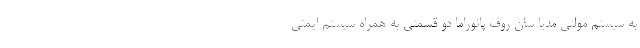
به سیستم مولتی مدیا سان روف پانوراما دو قسمتی به همراه سیستم ایمنی